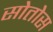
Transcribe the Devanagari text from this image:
सोतोस